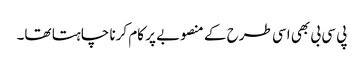
پی سی بی بھی اسی طرح کے منصوبے پر کام کرنا چاہتا تھا۔